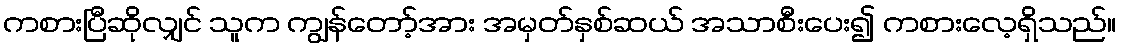
ကစားပြီဆိုလျှင် သူက ကျွန်တော့်အား အမှတ်နှစ်ဆယ် အသာစီးပေး၍ ကစားလေ့ရှိသည်။